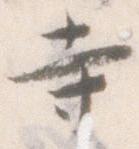
寺